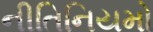
નીતિનિયમો